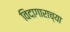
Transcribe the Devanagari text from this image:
विदागाराच्या